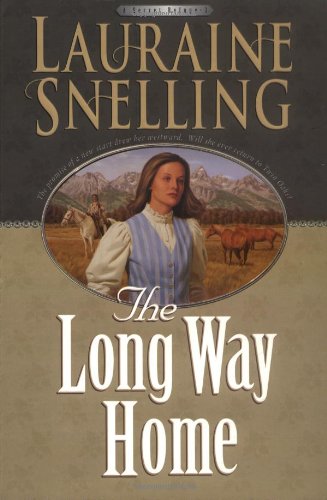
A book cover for The Long Way Home (A Secret Refuge Series #3); Lauraine Snelling; Romance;